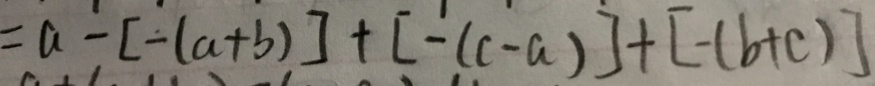
= a - [ - ( a + b ) ] + [ - ( c - a ) ] + [ - ( b + c ) ]